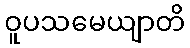
ဝူပသမေယျာတိ